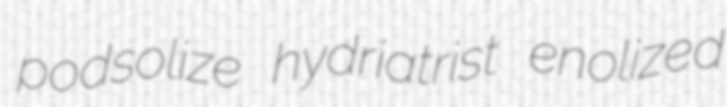
podsolize hydriatrist enolized